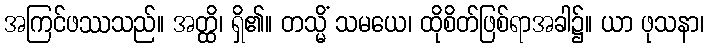
အကြင်ဖဿသည်။ အတ္ထိ၊ ရှိ၏။ တသ္မိံ သမယေ၊ ထိုစိတ်ဖြစ်ရာအခါ၌။ ယာ ဖုသနာ၊